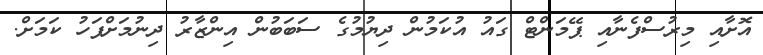
އޮށާއި މިރުސްފެނާއި ޕޭމަންޓް ގައު އުކަމުން ދިޔުމުގެ ސަބަބުން އިންޒާރު ދިނުމަށްފަހު ކަމަށް.